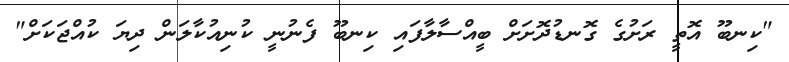
"ކިނބޫ އޮތީ ރަށުގެ ގޮނޑުދޮށަށް ބީއްސާލާފައި ކިނބޫ ފެނުނީ ކުނިއުކާލަން ދިޔަ ކުއްޖަކަށް"